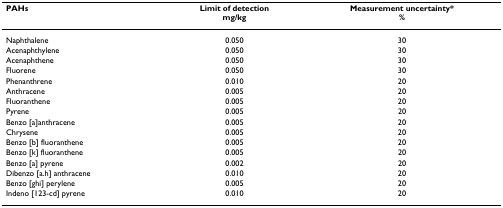
<table><thead><tr><td><b>PAHs</b></td><td><b>Limit of detectionmg/kg</b></td><td><b>Measurement uncertainty*%</b></td></tr></thead><tbody><tr><td>Naphthalene</td><td>0.050</td><td>30</td></tr><tr><td>Acenaphthylene</td><td>0.050</td><td>30</td></tr><tr><td>Acenaphthene</td><td>0.050</td><td>30</td></tr><tr><td>Fluorene</td><td>0.050</td><td>30</td></tr><tr><td>Phenanthrene</td><td>0.010</td><td>20</td></tr><tr><td>Anthracene</td><td>0.005</td><td>20</td></tr><tr><td>Fluoranthene</td><td>0.005</td><td>20</td></tr><tr><td>Pyrene</td><td>0.005</td><td>20</td></tr><tr><td>Benzo [a]anthracene</td><td>0.005</td><td>20</td></tr><tr><td>Chrysene</td><td>0.005</td><td>20</td></tr><tr><td>Benzo [b] fluoranthene</td><td>0.005</td><td>20</td></tr><tr><td>Benzo [k] fluoranthene</td><td>0.005</td><td>20</td></tr><tr><td>Benzo [a] pyrene</td><td>0.002</td><td>20</td></tr><tr><td>Dibenzo [a.h] anthracene</td><td>0.010</td><td>20</td></tr><tr><td>Benzo [ghi] perylene</td><td>0.005</td><td>20</td></tr><tr><td>Indeno [123-cd] pyrene</td><td>0.010</td><td>20</td></tr></tbody></table>